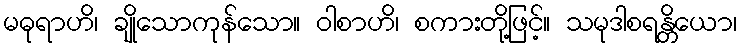
မဓုရာဟိ၊ ချိုသောကုန်သော။ ဝါစာဟိ၊ စကားတို့ဖြင့်။ သမုဒါစရန္တိယော၊